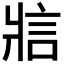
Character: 𪺞